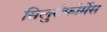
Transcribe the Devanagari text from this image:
सिलुरीफोर्मेस